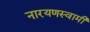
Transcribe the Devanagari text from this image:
नारयणस्वामी